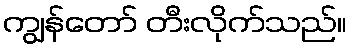
ကျွန်တော် တီးလိုက်သည်။